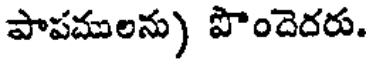
పాపములను) పొందెదరు.